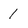
Character: 1